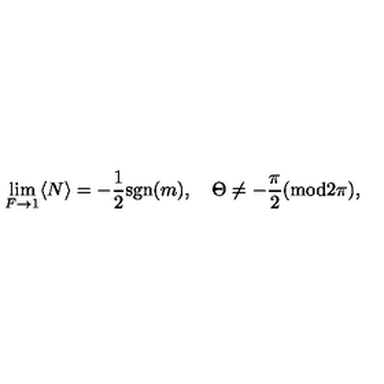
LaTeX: \lim _ { F \to 1 } \langle N \rangle = - { \frac { 1 } { 2 } } \mathrm { s g n } ( m ) , \quad \Theta \neq - \frac { \pi } { 2 } ( \mathrm { m o d } 2 \pi ) ,